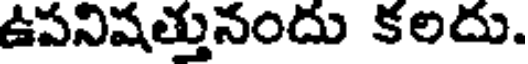
ఉపనిషత్తునందు కలదు.